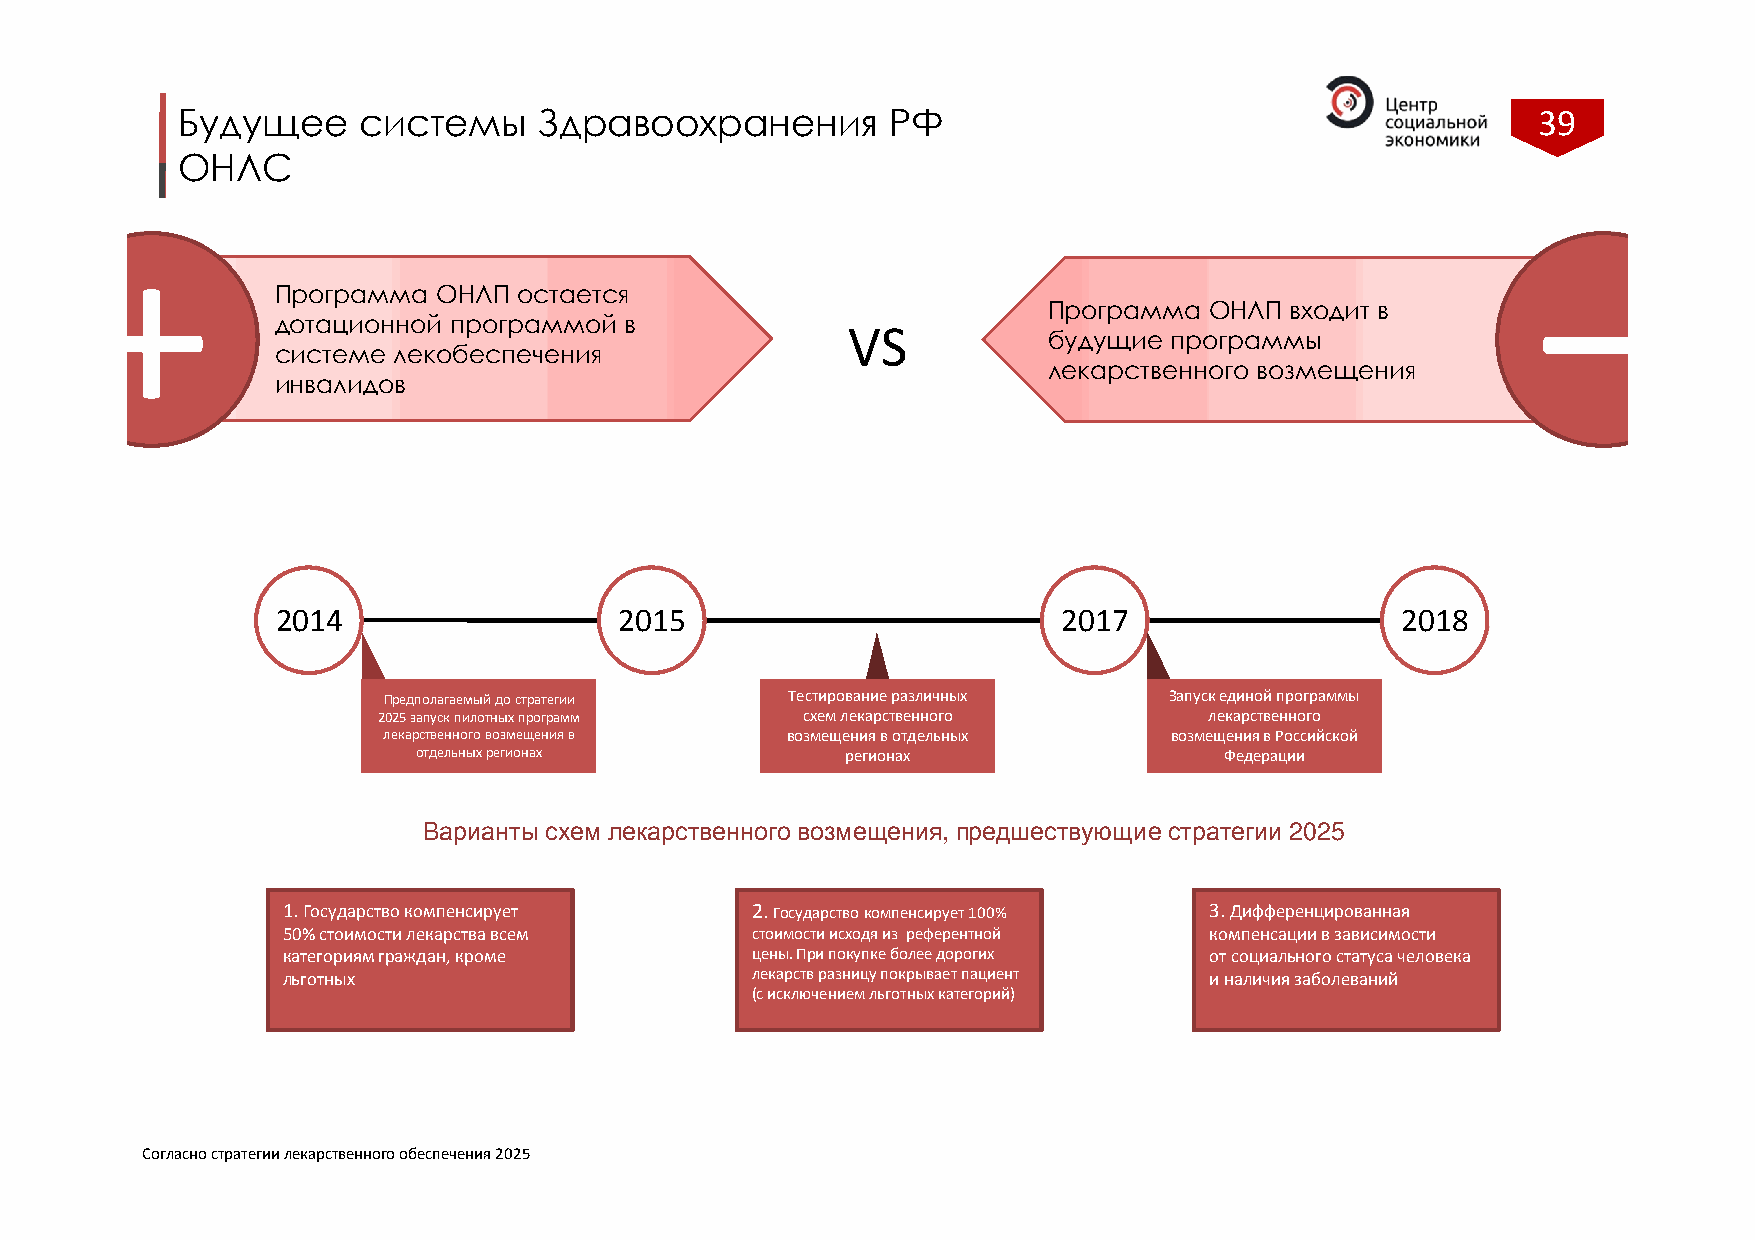
Будущее     системы     Здравоохранения        РФ                                         39
 ОНЛС
 +                                                                                               –
 Программа  ОНЛП остается
 Программа  ОНЛП входит в
 дотационной программой в              VS
 будущие программы
 системе лекобеспечения
 лекарственного возмещения
 инвалидов
 2014                   2015                         2017                   2018
 Предполагаемый до стратегии Тестирование различных  Запуск единой программы
 2025 запуск пилотныхпрограмм схем лекарственного       лекарственного
 лекарственного возмещения в возмещения в отдельных  возмещения в Российской
 отдельных регионах          регионах                 Федерации
 Варианты схем лекарственного возмещения, предшествующие стратегии 2025
 1. Государство компенсирует    2. Государство компенсирует 100% 3. Дифференцированная
 50%стоимости лекарства всем    стоимости исходя из референтной компенсации взависимости
 категориям граждан, кроме      цены. При покупке более дорогих отсоциального статуса человека
 льготных                       лекарств разницу покрывает пациент иналичия заболеваний
 (с исключением льготных категорий)
 Согласно стратегии лекарственного обеспечения 2025